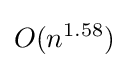
O(n^{1.58})